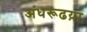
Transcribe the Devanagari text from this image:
अंधरूढय़ा